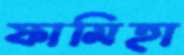
ফামিহা